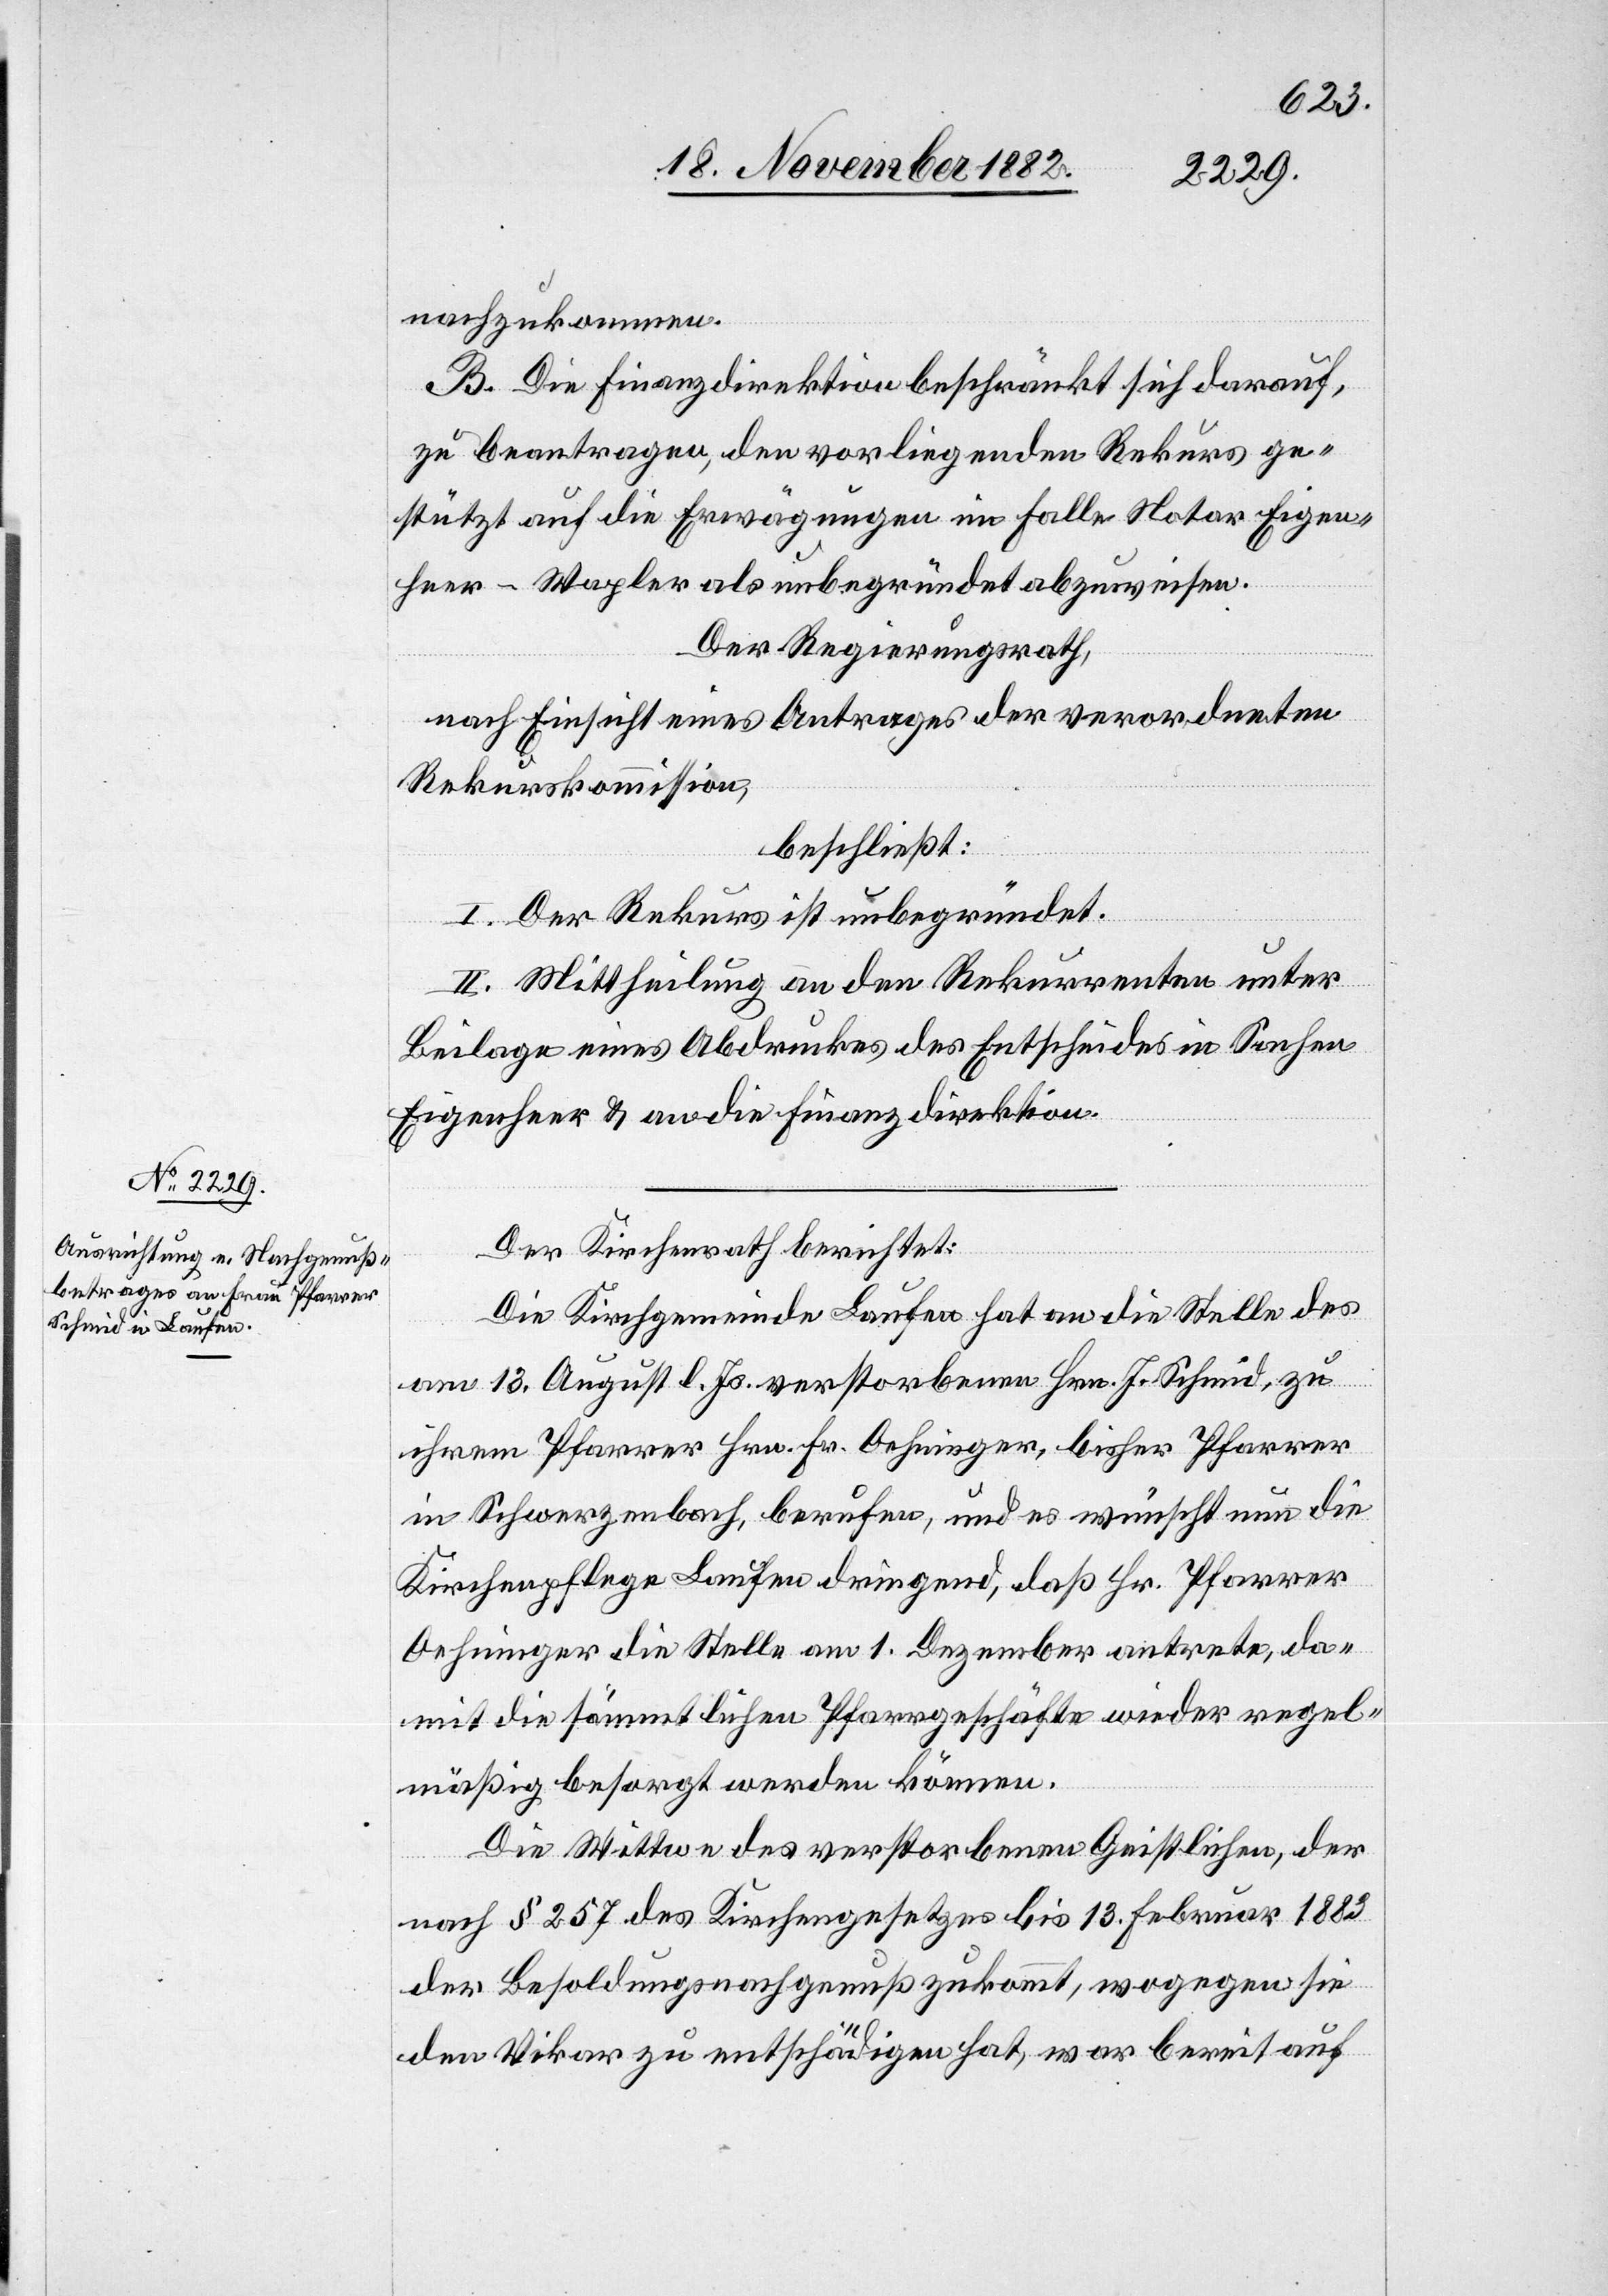
nachzukommen.
B. Die Finanzdirektion beschränkt sich darauf,
zu beantragen, den vorliegenden Rekurs ge¬
stützt auf die Erwägungen im Falle Notar Eigen¬
heer-Wapler als unbegründet abzuweisen.
Der Regierungsrath,
nach Einsicht eines Antrages der verordneten
Rekurskommission,
beschließt:
I. Der Rekurs ist unbegründet.
II. Mittheilung an den Rekurrenten unter
Beilage eines Abdruckes des Entscheides in Sachen
Eigenheer & an die Finanzdirektion.
Der Kirchenrath berichtet:
Die Kirchgemeinde Laufen hat an die Stelle des
am 13. August l. Js. verstorbenen Hrn. J. Schmid, zu
ihrem Pfarrer Hrn. Fr. Oehninger, bisher Pfarrer
in Schwerzenbach, berufen, und es wünscht nun die
Kirchenpflege Laufen dringend, daß Hr. Pfarrer
Oehninger die Stelle am 1. Dezember antrete, da¬
mit die sämmtlichen Pfarrgeschäfte wieder regel¬
mäßig besorgt werden können.
Die Wittwe des verstorbenen Geistlichen, der
nach § 257 des Kirchengesetzes bis 13. Februar 1883
der Besoldungsnachgenuß zukommt, wogegen sie
den Vikar zu entschädigen hat, war bereit auf